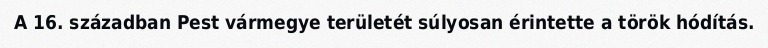
A 16. században Pest vármegye területét súlyosan érintette a török hódítás.